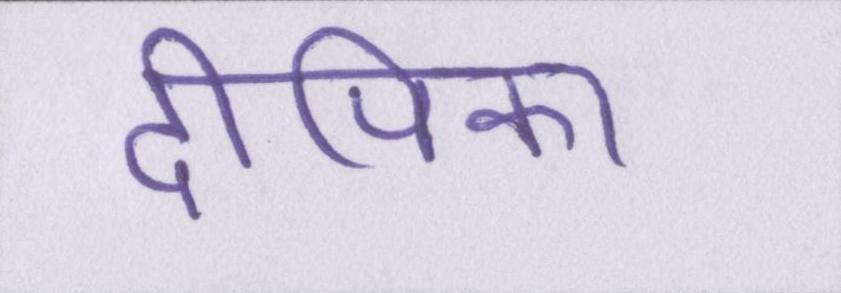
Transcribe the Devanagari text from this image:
दीपिका